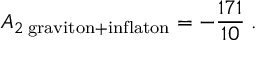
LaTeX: A _ { 2 \; \mathrm { g r a v i t o n } + \mathrm { i n f l a t o n } } = - { \frac { 1 7 1 } { 1 0 } } \; .